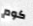
كوم